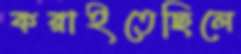
করাইতেছিলে